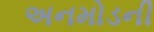
અનમોડની